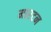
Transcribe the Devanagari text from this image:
मारटन